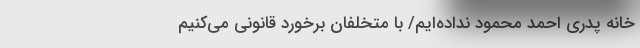
خانه پدری احمد محمود نداده‌ایم/ با متخلفان برخورد قانونی می‌کنیم